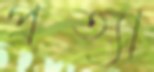
প্রত্যা